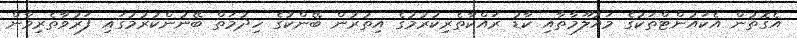
އެގޮތުން އެކައުންޓްތަކުގެ މައުލޫމާތާއި ކާޑު ރައްކާތެރިކުރުމުގެ އިތުރުން ބޭންކުގެ ހިދުމަތް ބޭނުންކުރުމުގައި ފަރުވާތެރިވާން